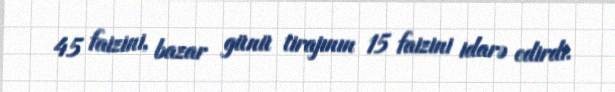
45 faizini, bazar günü tirajının 15 faizini idarə edirdi.